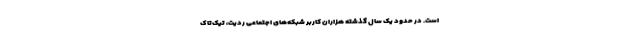
است. در حدود یک سال گذشته هزاران کاربر شبکه‌های اجتماعی ردیت، تیک‌تاک